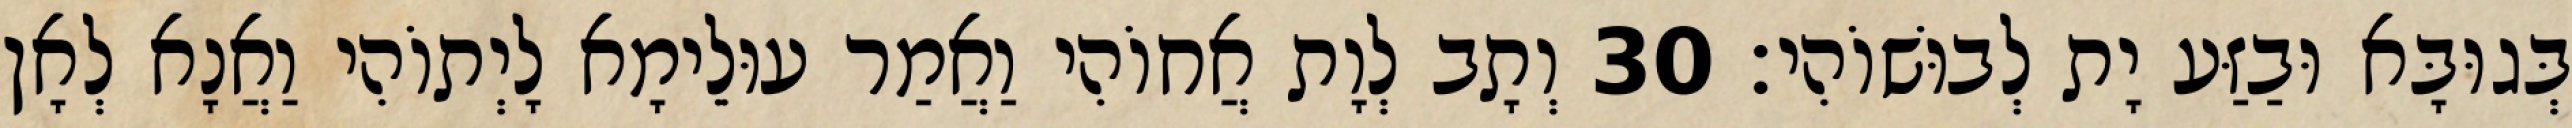
בְּגוּבָּא וּבַזַּע יָת לְבוּשׁוֹהִי׃ 30 וְתָב לְוָת אֲחוֹהִי וַאֲמַר עוּלֵימָא לָיְתוֹהִי וַאֲנָא לְאָן